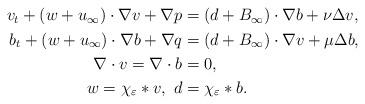
LaTeX: \begin{align*}\begin{aligned}v_t+(w+u_{\infty})\cdot \nabla v+\nabla p&=(d+B_{\infty})\cdot \nabla b+\nu \Delta v,\\b_t+(w+u_{\infty})\cdot \nabla b+\nabla q&=(d+B_{\infty})\cdot \nabla v+\mu \Delta b,\\\nabla \cdot v=\nabla \cdot b&=0, \\w=\chi_{\varepsilon}*v,\ d&=\chi_{\varepsilon}*b.\end{aligned}\end{align*}